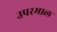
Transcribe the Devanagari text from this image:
उपरमाल